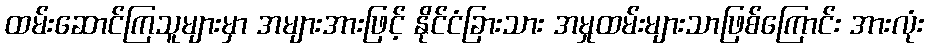
ထမ်းဆောင်ကြသူများမှာ အများအားဖြင့် နိုင်ငံခြားသား အမှုထမ်းများသာဖြစ်ကြောင်း အားလုံး